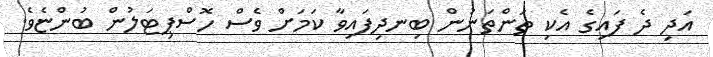
އަދި ދެ ފައިގެ އެކި ތަންތަނުން ބިނދިފައިވާ ކަމަށް ވެސް ހޮސްޕިޓަލުން ބުންޏެވެ.